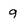
Character: g